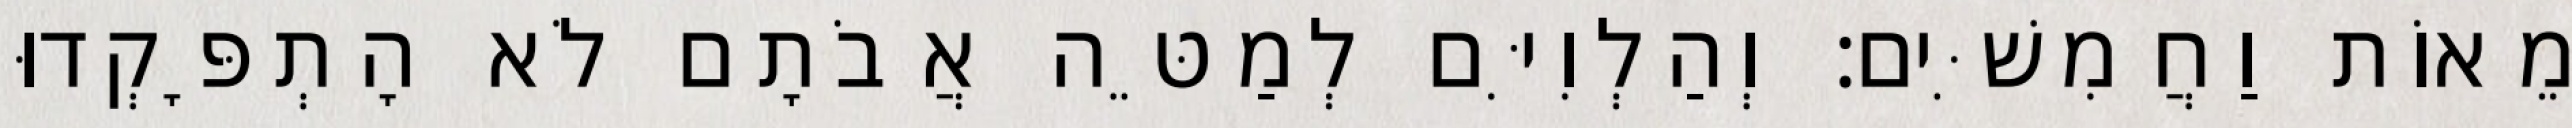
מֵאוֹת וַחֲמִשִּׁים׃ וְהַלְוִיִּם לְמַטֵּה אֲבֹתָם לֹא הָתְפָּקְדוּ